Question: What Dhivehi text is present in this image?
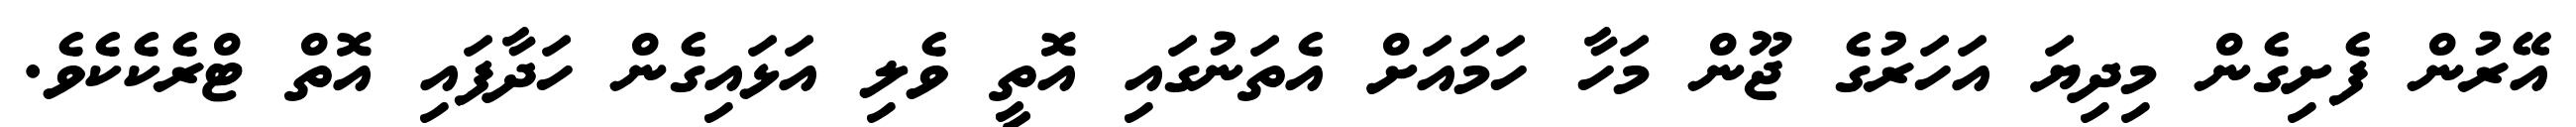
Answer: އޭރުން ފެށިގެން މިދިޔަ އަހަރުގެ ޖޫން މަހާ ހަމައަށް އެތަނުގައި އޮތީ ވެލި އަޅައިގެން ހަދާފައި އޮތް ޓްރެކެކެވެ.